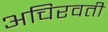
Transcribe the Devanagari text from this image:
अचिरवती